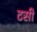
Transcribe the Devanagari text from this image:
टिंसी